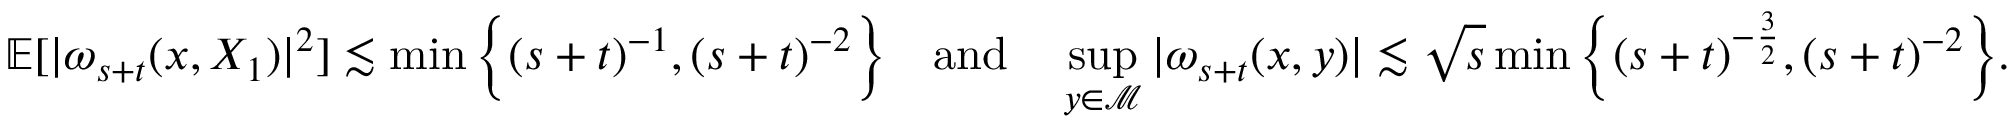
\mathbb { E } [ \vert \omega _ { s + t } ( x , X _ { 1 } ) \vert ^ { 2 } ] \lesssim \operatorname* { m i n } \Big \{ ( s + t ) ^ { - 1 } , ( s + t ) ^ { - 2 } \Big \} \quad \mathrm { a n d } \quad \operatorname* { s u p } _ { y \in \mathcal { M } } \vert \omega _ { s + t } ( x , y ) \vert \lesssim \sqrt { s } \operatorname* { m i n } \Big \{ ( s + t ) ^ { - \frac { 3 } { 2 } } , ( s + t ) ^ { - 2 } \Big \} .